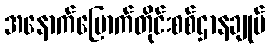
အနောက်မြောက်တိုင်းစစ်ဌာနချုပ်